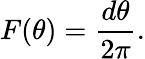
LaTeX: F(\theta)={\frac{d\theta}{2\pi}}.